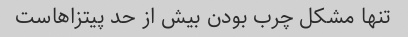
تنها مشکل چرب بودن بیش از حد پیتزاهاست